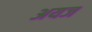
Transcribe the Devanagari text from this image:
अयज